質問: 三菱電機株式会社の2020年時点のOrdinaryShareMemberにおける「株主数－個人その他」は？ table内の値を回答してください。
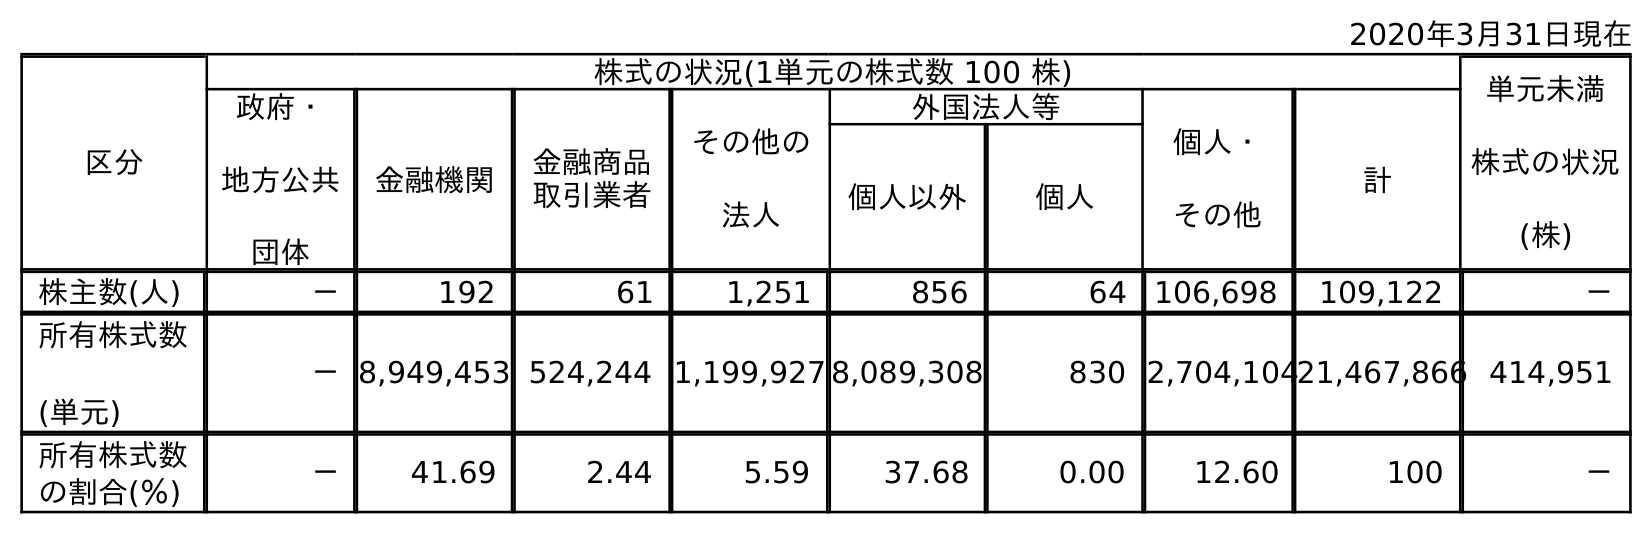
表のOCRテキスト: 2020年3月31日現在 区分 株式の状況(1単元の株式数 100 株) 単元未満 株式の状況 (株) 政府・ 地方公共 団体 金融機関 金融商品 取引業者 その他の 法人 外国法人等 個人・ その他 計 個人以外 個人 株主数(人) － 192 61 1,251 856 64 106,698 109,122 － 所有株式数 (単元) －8,949,453 524,244 1,199,927 8,089,308 830 2,704,10421,467,866 414,951 所有株式数 の割合(％) － 41.69 2.44 5.59 37.68 0.00 12.60 100 －
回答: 106,698